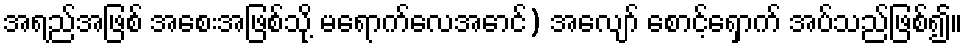
အရည်အဖြစ် အစေးအဖြစ်သို့ မရောက်လေအောင်) အလျော် စောင့်ရှောက် အပ်သည်ဖြစ်၍။